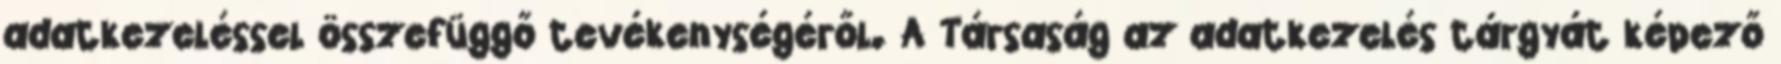
adatkezeléssel összefüggő tevékenységéről. A Társaság az adatkezelés tárgyát képező